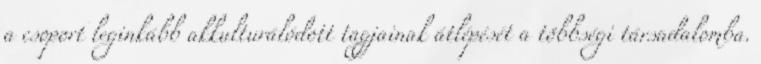
a csoport leginkább akkulturálódott tagjainak átlépését a többségi társadalomba.